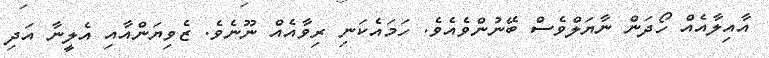
އާއިލާއެއް ހޯދަން ނާޔަލްވެސް ބޭނުންވެއެވެ. ހަމައެކަނި ރިވާއެއް ނޫނެވެ. ޒެވިޔަންއާއި އެލީނާ އަދި